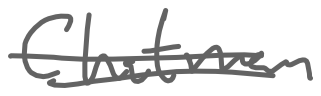
Text: Chatman
Cross-out: double-line
Writing tool: digital_gray